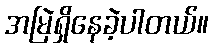
အမြဲရှိနေခဲ့ပါတယ်။